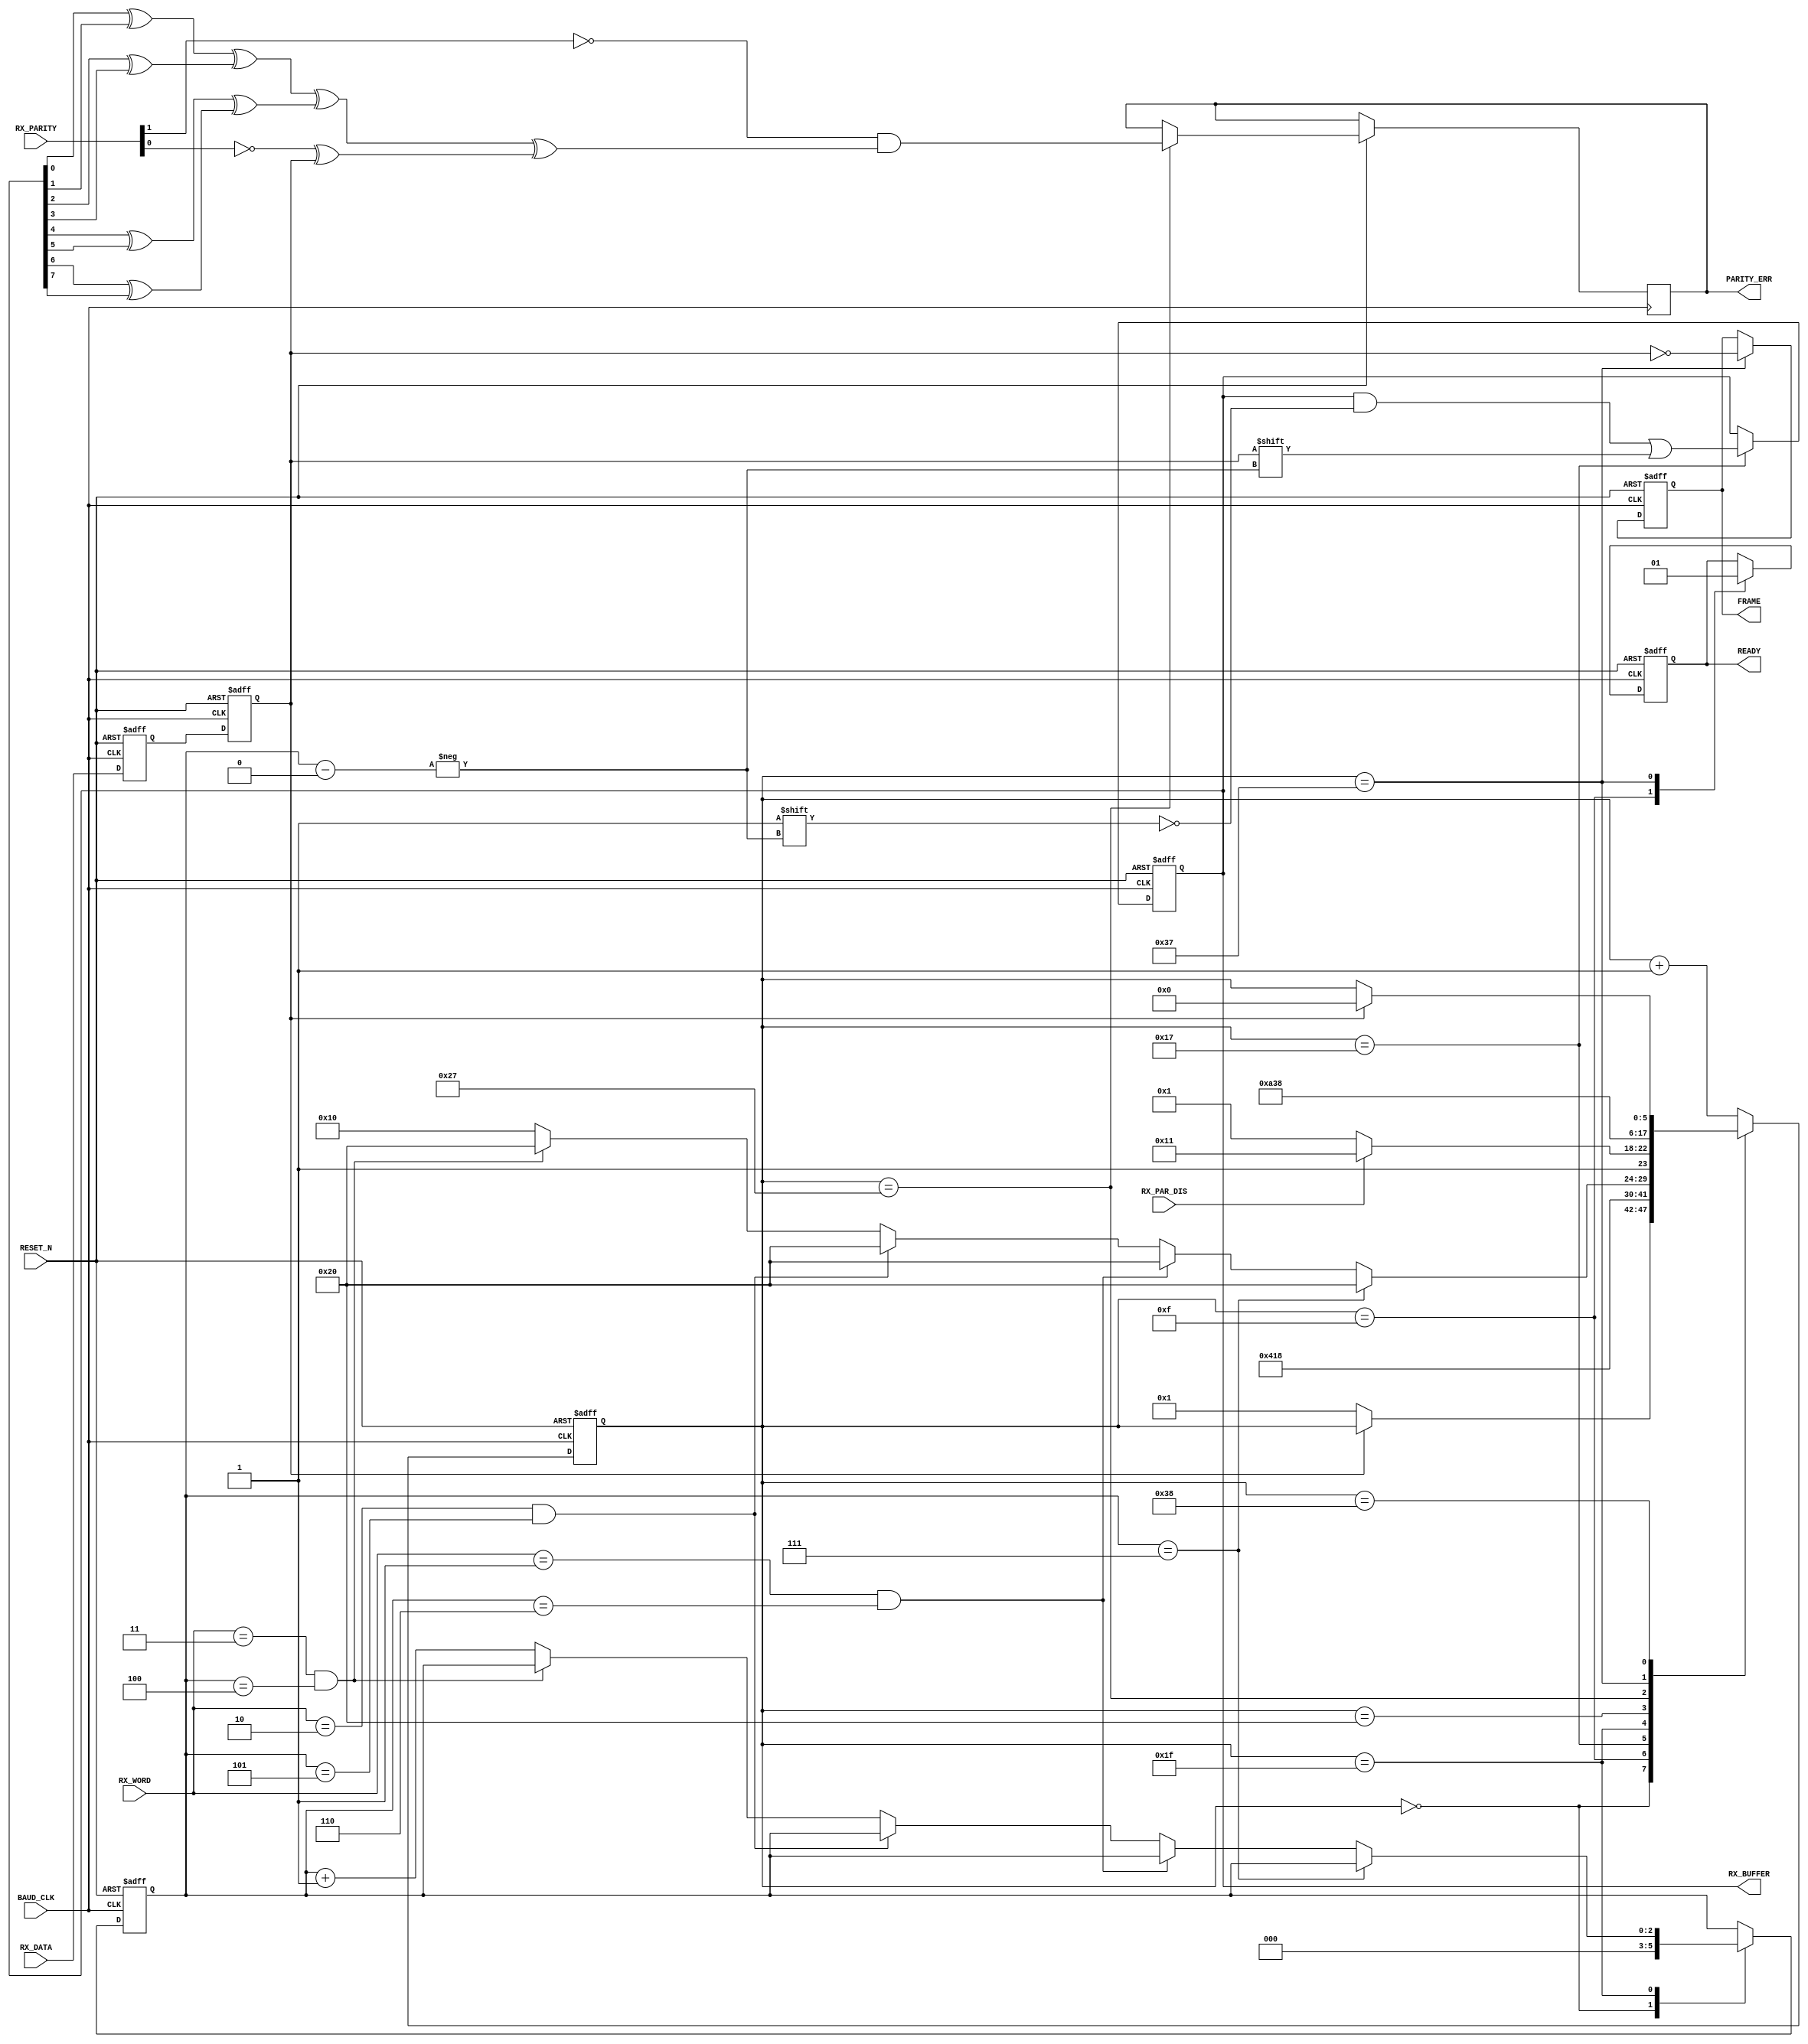
module uart51_rx(
RESET_N,
BAUD_CLK,
RX_DATA,
RX_BUFFER,
RX_WORD,
RX_PAR_DIS,
RX_PARITY,
PARITY_ERR,
FRAME,
READY
);
input					RESET_N;
input					BAUD_CLK;
input					RX_DATA;
output	[7:0]		RX_BUFFER;
reg		[7:0]		RX_BUFFER;
input		[1:0]		RX_WORD;
input					RX_PAR_DIS;
input		[1:0]		RX_PARITY;
output				PARITY_ERR;
reg					PARITY_ERR;
output				FRAME;
reg					FRAME;
output				READY;
reg					READY;
reg		[5:0]		STATE;
reg		[2:0]		BIT;
reg					RX_DATA0;
reg					RX_DATA1;

always @ (posedge BAUD_CLK or negedge RESET_N)
begin
	if(!RESET_N)
	begin
		RX_BUFFER <= 8'h00;
		STATE <= 6'b000000;
		FRAME <= 1'b0;
		BIT <= 3'b000;
		RX_DATA0 <= 1'b1;
		RX_DATA1 <= 1'b1;
		READY <= 1'b0;
	end
	else
	begin
		RX_DATA0 <= RX_DATA;
		RX_DATA1 <= RX_DATA0;
		case (STATE)
		6'b000000:										// States 0-15 will be start bit
		begin
			BIT <= 3'b000;
			if(~RX_DATA1)
				STATE <= 6'b000001;
		end
		6'b001111:								// End of start bit, flag data not ready
		begin										// If data is not retrieved before this, then overrun
			READY <= 1'b0;
			STATE <= 6'b010000;
		end
		6'b010111:										// Each data bit is states 16-31, the middle is 23
		begin
			RX_BUFFER[BIT] <= RX_DATA1;
			STATE <= 6'b011000;
		end
		6'b011111:										// End of the data bits
		begin
			if(BIT == 3'b111)
			begin
				STATE <= 6'b100000;
			end
			else
			begin
				if((RX_WORD == 2'b01) && (BIT == 3'b110))
				begin
					STATE <= 6'b100000;
				end
				else
				begin
					if((RX_WORD == 2'b10) && (BIT == 3'b101)) 
					begin
						STATE <= 6'b100000;
					end
					else
					begin
						if((RX_WORD == 2'b11) && (BIT == 3'b100))
						begin
							STATE <= 6'b100000;
						end
						else
						begin
							BIT <= BIT + 1'b1;
							STATE <= 6'b010000;
						end
					end
				end
			end
		end
		6'b100000:										// First tick of Stop or Parity, Parity is 32 - 47
		begin
			if(RX_PAR_DIS)
				STATE <= 6'b110001;		// get stop
			else
				STATE <= 6'b100001;		// get parity
		end
		6'b100111:										// Middle of Parity is 39
		begin
			PARITY_ERR <= ~RX_PARITY[1] &											// Get but do not check Parity if 1 is set
							 (((RX_BUFFER[0] ^ RX_BUFFER[1])
							 ^ (RX_BUFFER[2] ^ RX_BUFFER[3]))

							 ^((RX_BUFFER[4] ^ RX_BUFFER[5])
							 ^ (RX_BUFFER[6] ^ RX_BUFFER[7]))	// clear bit #8 if only 7 bits

							 ^ (~RX_PARITY[0] ^ RX_DATA1));
			STATE <= 6'b101000;
// 1 bit early for timing reasons
		end
		6'b110111:										// first stop bit is 32 or 48 then 49 - 63
		begin
			FRAME <= !RX_DATA1;			// if data != 1 then not stop bit
			READY <= 1'b1;
			STATE <= 6'b111000;
		end
// In case of a framing error, wait until data is 1 then start over
// We skipped this check for 6 clock cycles so CPU speed is not a factor
// in the RX_READY state machine above
		6'b111000:
		begin
			if(RX_DATA1)
				STATE <= 6'b000000;
		end
		default: STATE <= STATE + 1'b1;
		endcase
	end
end
endmodule